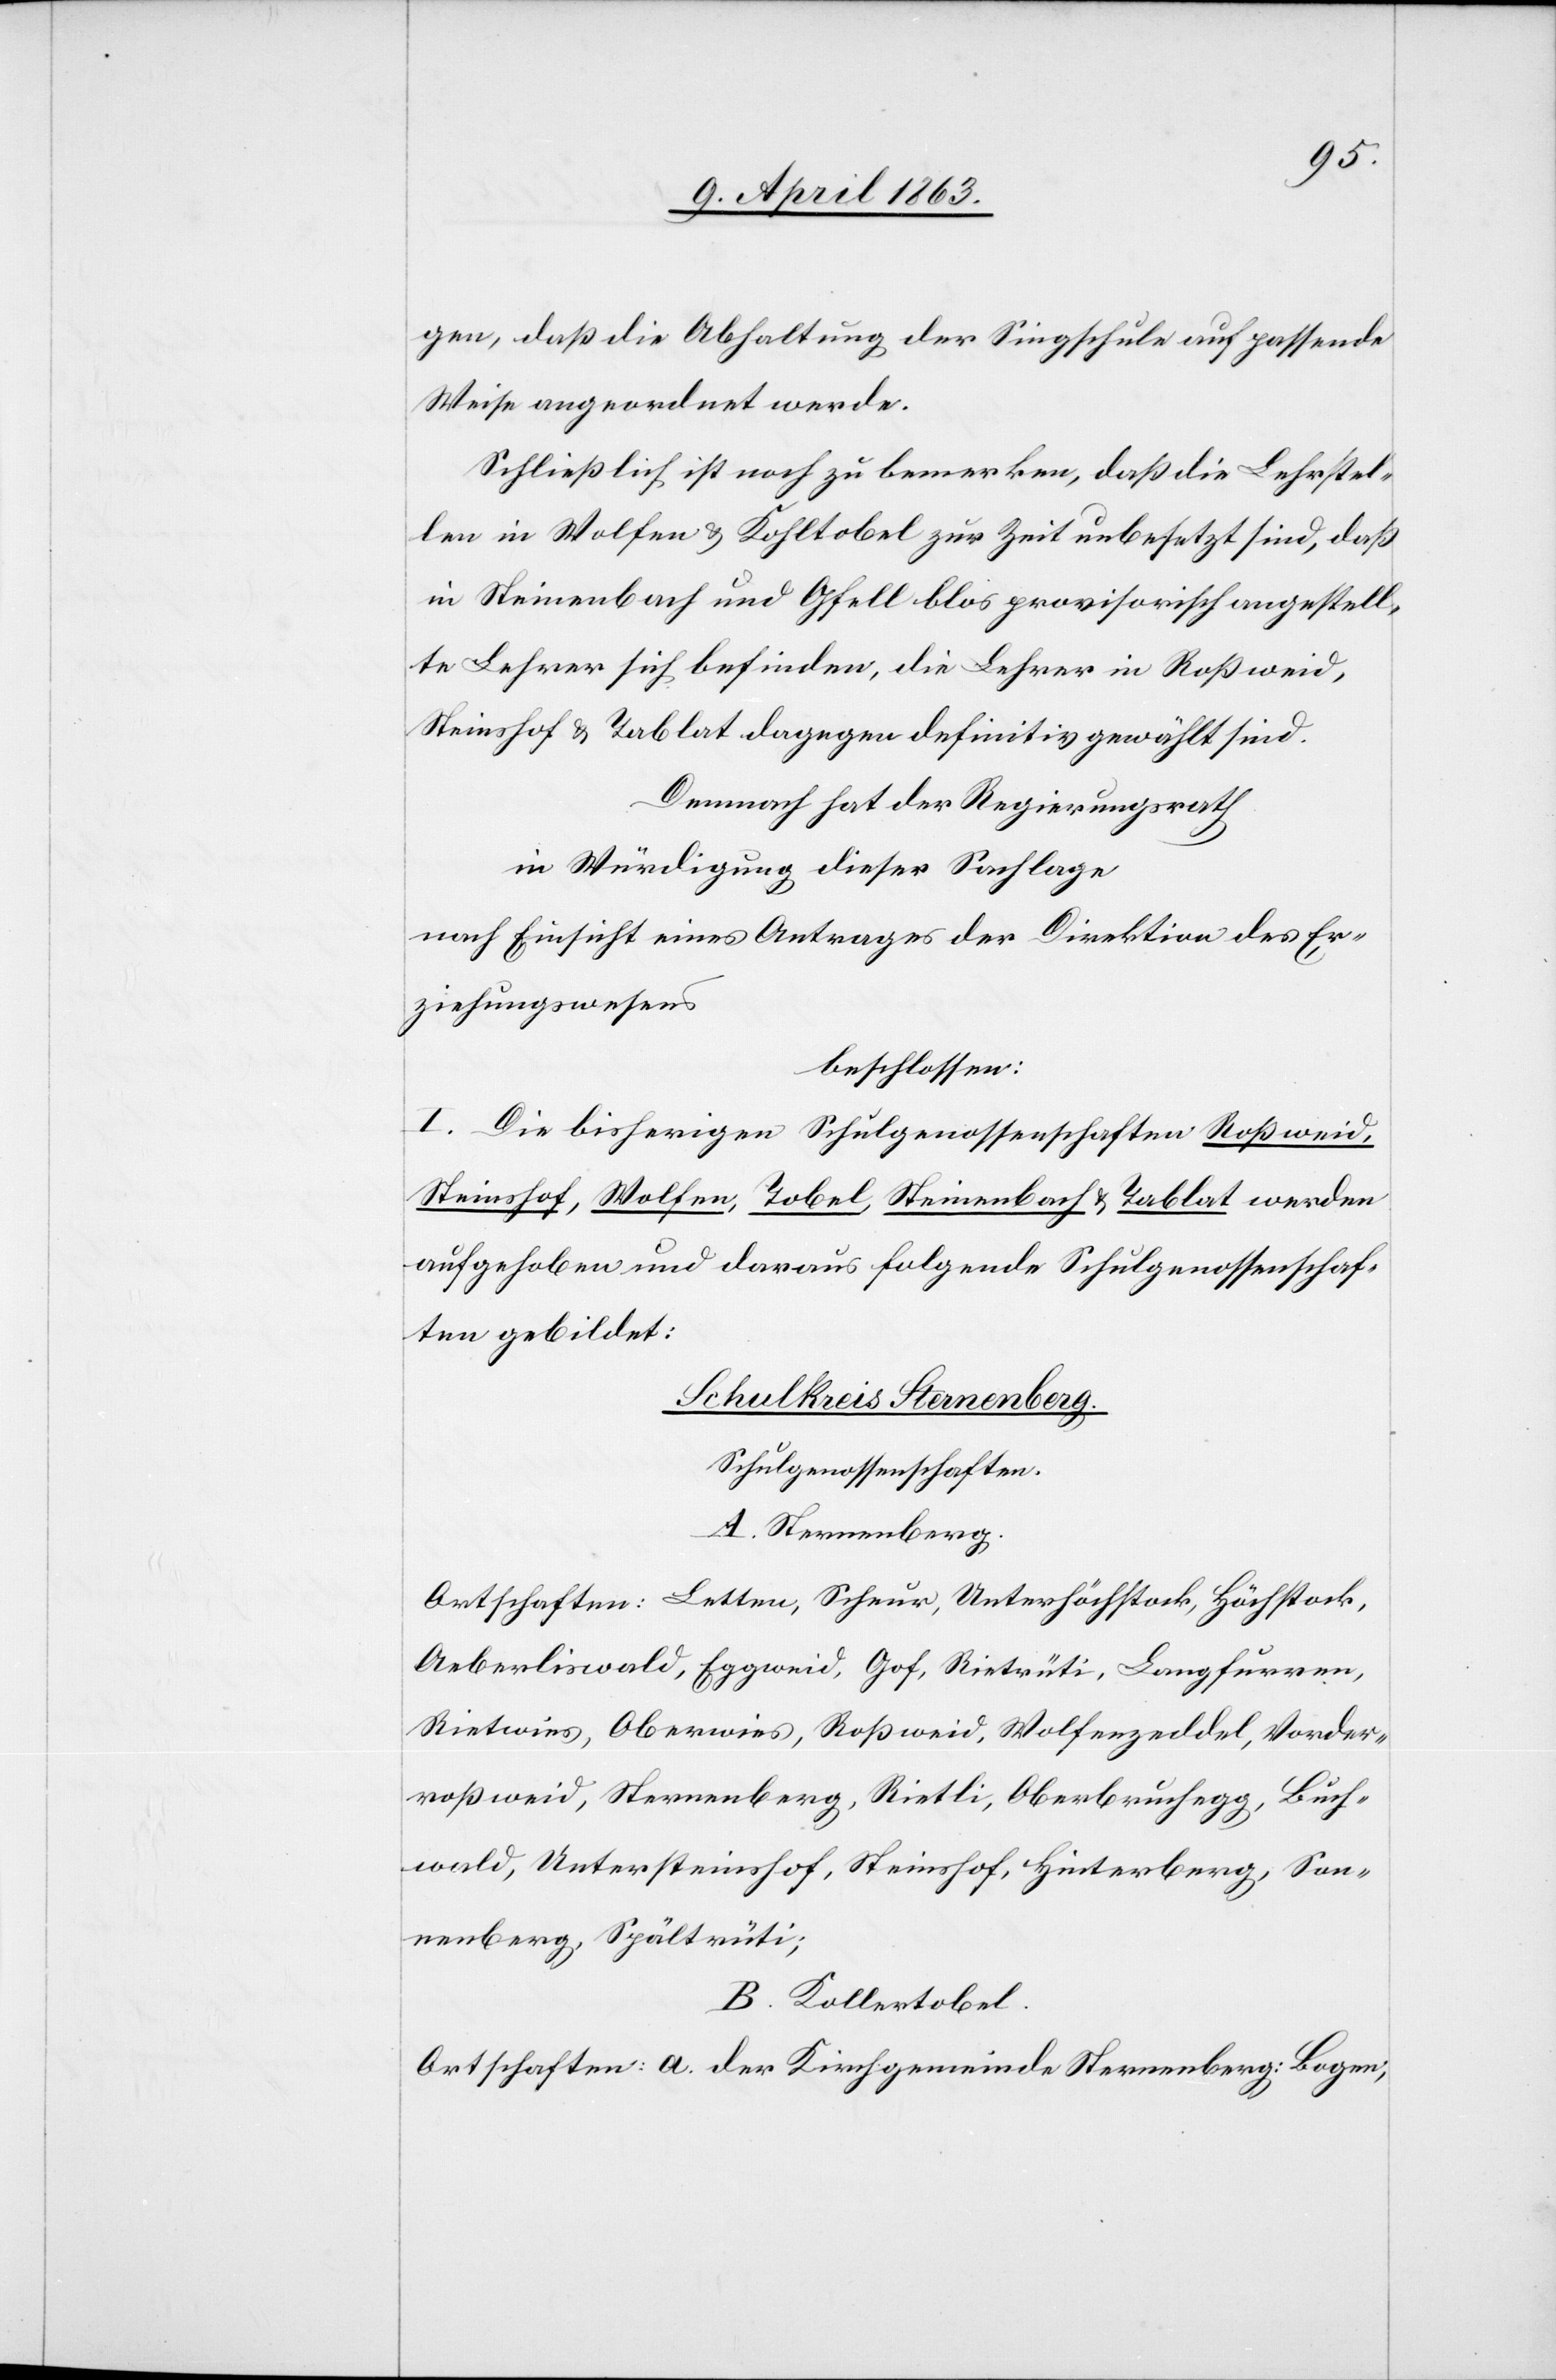
gen, daß die Abhaltung der Singschule auf passende
Weise angeordnet werde.
Schließlich ist noch zu bemerken, daß die Lehrstel¬
len in Wolfen & Kohltobel zur Zeit unbesetzt sind, daß
in Steinenbach und Gfell blos provisorisch angestell¬
te Lehrer sich befinden, die Lehrer in Roßweid,
Steinshof & Tablat dagegen definitiv gewählt sind.
Demnach hat der Regierungsrath
in Würdigung dieser Sachlage
nach Einsicht eines Antrages der Direktion des Er¬
ziehungswesens
beschlossen:
I. Die bisherigen Schulgenossenschaften Roßweid,
Steinshof, Wolfen, Tobel, Steinenbach & Tablat werden
aufgehoben und daraus folgende Schulgenossenschaf¬
ten gebildet:
Schulkreis Sternenberg.
Schulgenossenschaften.
A. Sternenberg.
Ortschaften: Letten, Scheur, Unterhöchstock, Höchstock,
Aeberliswald, Eggweid, Gof, Rietsrüti, Langfurren,
Rietwies, Oberwies, Roßweid, Wolfenzeddel, Vorder¬
roßweid, Sternenberg, Rietli, Oberbruchegg, Buch¬
wald, Untersteinshof, Steinshof, Hinterberg, Son¬
nenberg, Spältrüti;
B. Kollertobel.
Ortschaften: a) der Kirchgemeinde Sternenberg: Bogen,